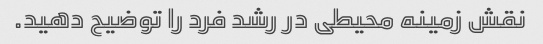
نقش زمینه محیطی در رشد فرد را توضیح دهید.